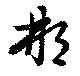
那